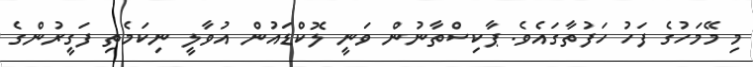
މި މޭމަހުގެ ފަހު ހަފުތާގައެވެ. ޕާކިސްތާނުން ވަނީ ލޮކްޑައުން އުވާލީ ނިކަމެތި ފަގީރުންގެ